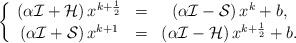
LaTeX: \begin{align*}{\left\{ {\begin{array}{*{20}{c}}\left( \alpha \mathcal I +\mathcal H \right) x^{k+\frac{1}{2}} &=&\left( \alpha \mathcal I - \mathcal S \right) x^{k}+b,\\ \left( \alpha \mathcal I +\mathcal S \right) x^{k+1} &= &\left( \alpha \mathcal I -\mathcal H \right) x^{k+\frac{1}{2}}+b.\end{array}} \right.}\end{align*}